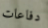
دفاعات